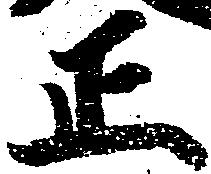
正